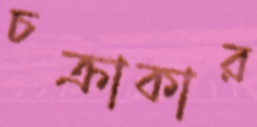
চক্রাকার